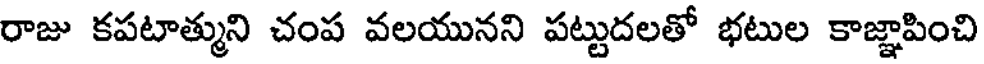
రాజు కపటాత్ముని చంప వలయునని పట్టుదలతో భటుల కాజ్ఞాపించి